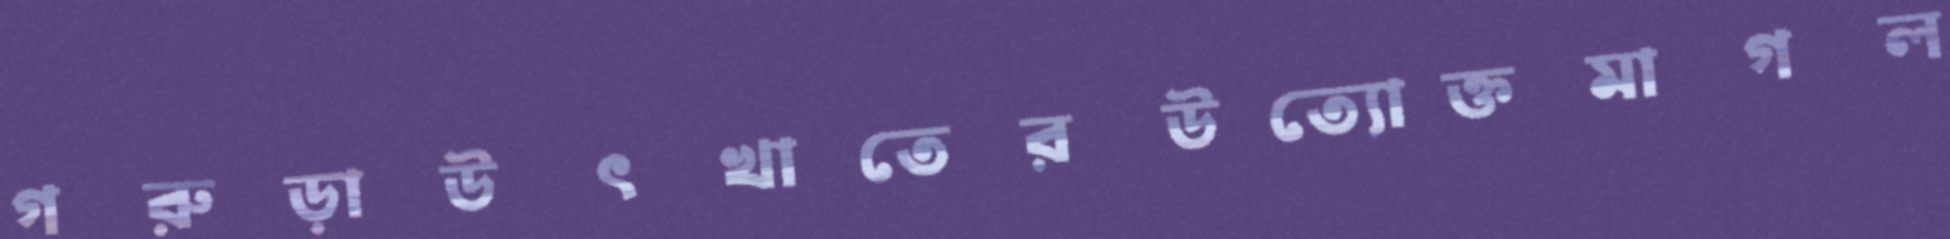
গরুড়াউৎখাতেরউত্যোক্তমাগল